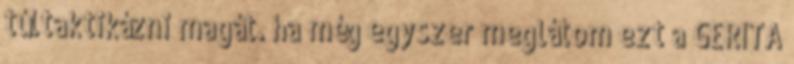
túltaktikázni magát. ha még egyszer meglátom ezt a GERITA